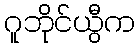
ဂူဘိုင်ယွီက